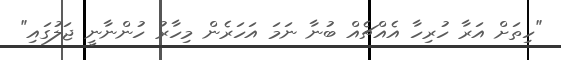
"ހިތަށް އަރާ ހުރިހާ އެއްޗެއް ބުނާ ނަމަ އަހަރެން މިހާރު ހުންނާނީ ޖަލުގައި"